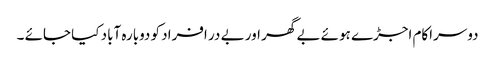
دوسراکام اجڑے ہوئے بے گھر اور بے در افراد کو دوبارہ آباد کیا جائے ۔